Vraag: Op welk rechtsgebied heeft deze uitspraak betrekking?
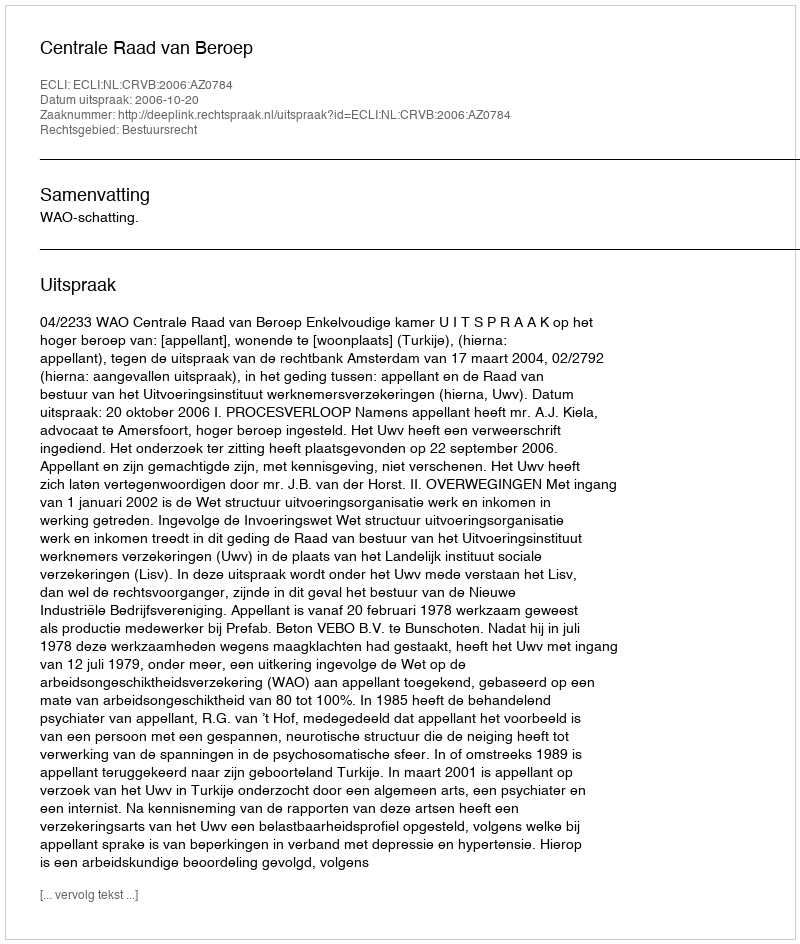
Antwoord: Bestuursrecht